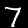
Label: 7